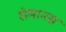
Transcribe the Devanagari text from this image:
रोमानस